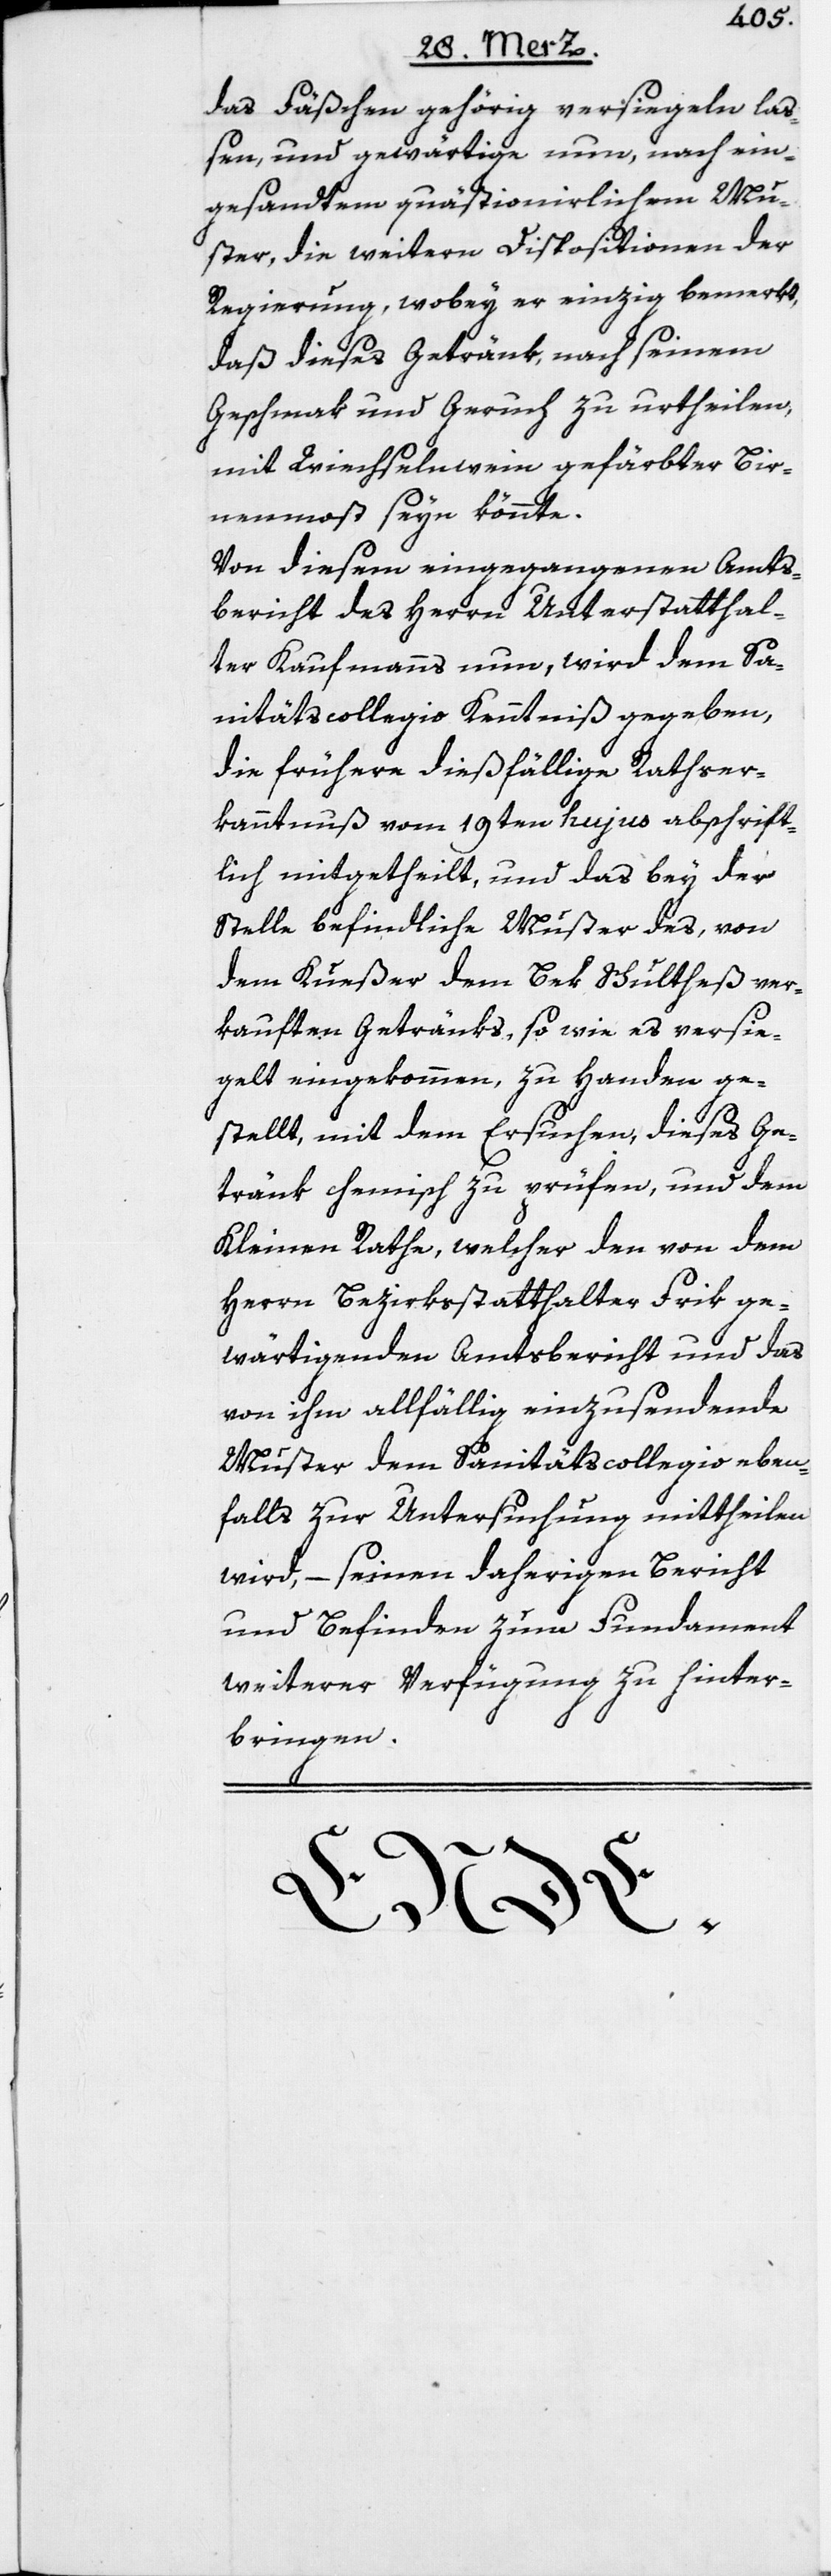
das Fäßchen gehörig versiegeln laß¬
en, und gewärtige nun, nach ein¬
gesandtem quästionirlichen Mu¬
ster, die weitern Dispositionen der
Regierung, wobey er einzig bemerkt,
daß dieses Getränk, nach seinem
Geschmak und Geruch zu urtheilen,
mit Wiechselnwein gefärbter Bir¬
nenmost seyn könnte.